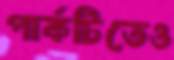
পার্কটিতেও